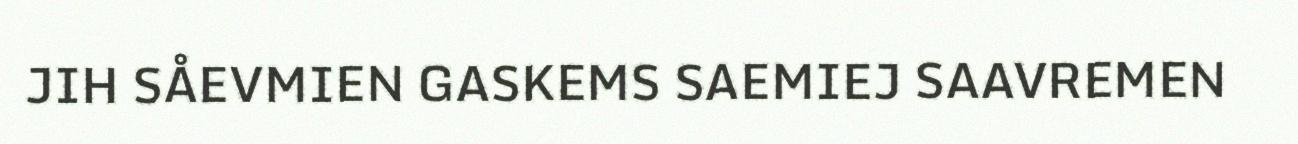
JIH SÅEVMIEN GASKEMS SAEMIEJ SAAVREMEN